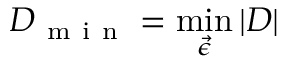
D _ { \mathrm { ~ m ~ i ~ n ~ } } = \operatorname* { m i n } _ { \vec { \epsilon } } | D |